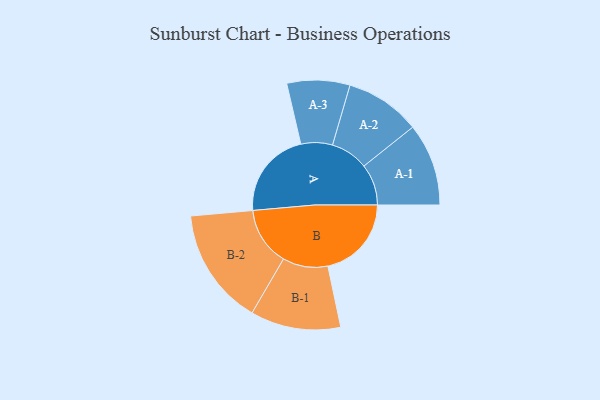
{"axis": {"x": "Segment", "y": "Value"}, "legend": ["", "A", "B"], "data": [{"x": "A", "y": 340, "type": ""}, {"x": "B", "y": 324, "type": ""}, {"x": "A-1", "y": 160, "type": "A"}, {"x": "A-2", "y": 146, "type": "A"}, {"x": "A-3", "y": 122, "type": "A"}, {"x": "B-1", "y": 175, "type": "B"}, {"x": "B-2", "y": 227, "type": "B"}]}